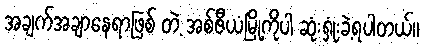
အချက်အချာနေရာဖြစ် တဲ့ အစ်ဇီယံမြို့ကိုပါ ဆုံးရှုံးခဲ့ရပါတယ်။